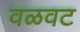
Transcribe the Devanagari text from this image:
वळवट